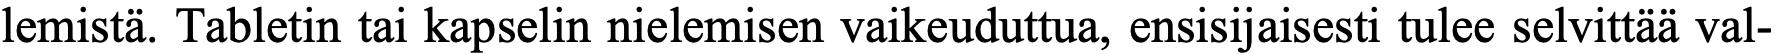
lemistä. Tabletin tai kapselin nielemisen vaikeuduttua, ensisijaisesti tulee selvittää val-